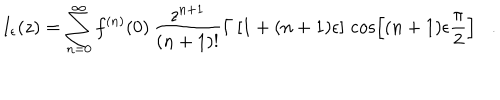
LaTeX: I _ { \epsilon } ( z ) = \sum _ { n = 0 } ^ { \infty } f ^ { ( n ) } ( 0 ) \, \frac { z ^ { n + 1 } } { ( n + 1 ) ! } \Gamma \left[ 1 + ( n + 1 ) \epsilon \right] \, \cos \left[ ( n + 1 ) \epsilon \frac { \pi } { 2 } \right] .